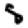
Digit: 5